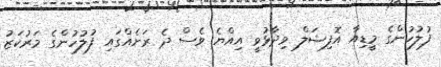
ފުލުހުންގެ މީޑިއާ އޮފިޝަލް ވިދާޅުވީ އިއްޔެ ވެސް ދެ ރަށެއްގައި ފުލުހުންގެ މަރުކަޒު